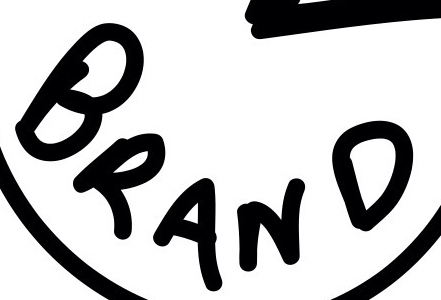
BRAND